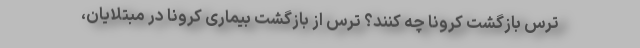
ترس بازگشت کرونا چه کنند؟ ترس از بازگشت بیماری کرونا در مبتلایان،